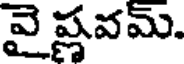
వై ష్ణవమ్.